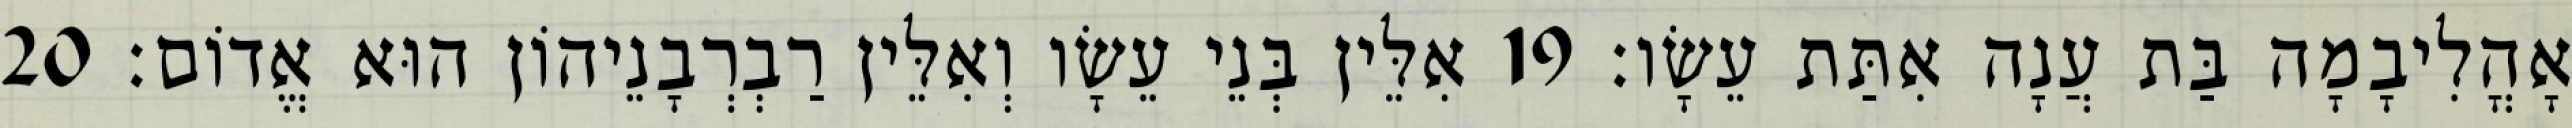
אָהֳלִיבָמָה בַּת עֲנָה אִתַּת עֵשָׂו׃ 19 אִלֵּין בְּנֵי עֵשָׂו וְאִלֵּין רַבְרְבָנֵיהוֹן הוּא אֱדוֹם׃ 20